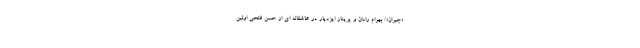
«جیران»/ بهرام رادان و پریناز ایزدیار در عاشقانه ای از حسن فتحی اولین